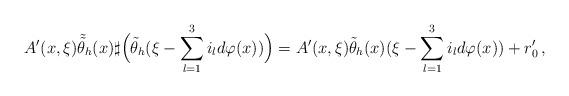
LaTeX: \begin{align*} A'(x,\xi)\tilde{\tilde{\theta}}_h(x) \sharp \Big( \tilde{\theta}_h(\xi - \sum_{l=1}^3 i_l d\varphi(x))\Big) = A'(x,\xi) \tilde{\theta}_h(x)(\xi - \sum_{l=1}^3 i_l d\varphi(x)) + r'_0 \, ,\end{align*}